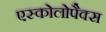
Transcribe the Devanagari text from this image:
एस्कोलोपैक्स